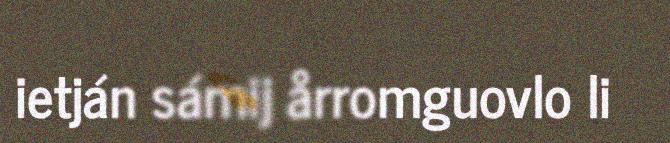
ietján sámij årromguovlo li